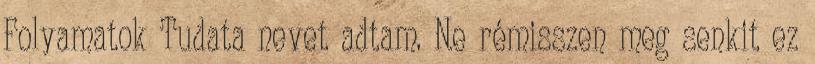
Folyamatok Tudata nevet adtam. Ne rémisszen meg senkit ez